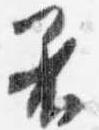
着